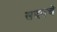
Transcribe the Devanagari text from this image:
सदनचे